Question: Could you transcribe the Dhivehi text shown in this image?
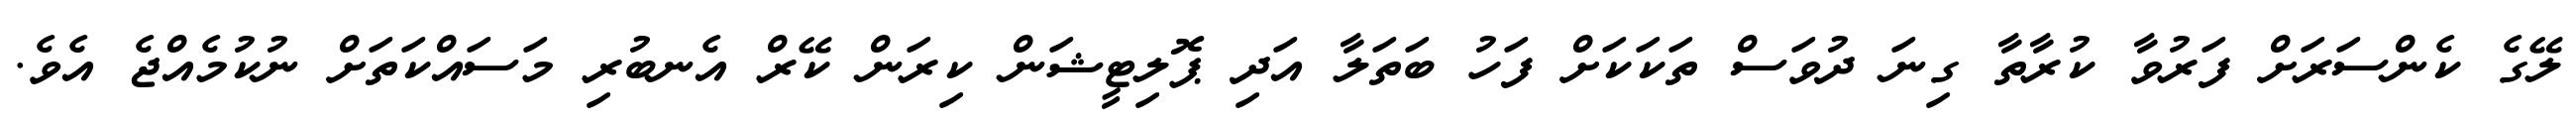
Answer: ލޭގެ ކެންސަރަށް ފަރުވާ ކުރާތާ ގިނަ ދުވަސް ތަކަކަށް ފަހު ބަތަލާ އަދި ޕޮލިޓީޝަން ކިރަން ކޭރް އެނބުރި މަސައްކަތަށް ނުކުމެއްޖެ އެވެ.